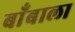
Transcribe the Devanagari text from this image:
बाँबाला